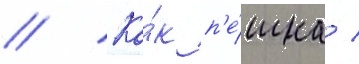
// Ка́к п'е́шка /